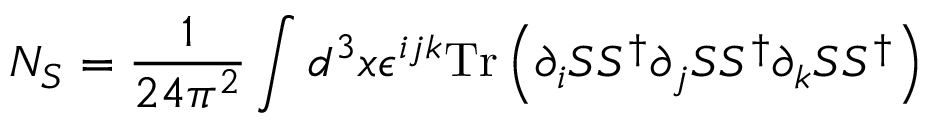
N _ { S } = { \frac { 1 } { 2 4 \pi ^ { 2 } } } \int d ^ { 3 } x \epsilon ^ { i j k } \mathrm { T r } \left( \partial _ { i } S S ^ { \dagger } \partial _ { j } S S ^ { \dagger } \partial _ { k } S S ^ { \dagger } \right)